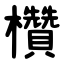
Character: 欑